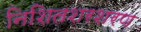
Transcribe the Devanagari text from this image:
निशितशरशरण